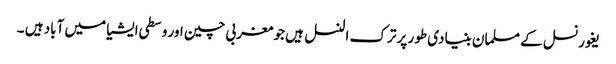
یغور نسل کے مسلمان بنیادی طور پر ترک النسل ہیں جو مغربی چین اور وسطی ایشیا میں آباد ہیں ۔